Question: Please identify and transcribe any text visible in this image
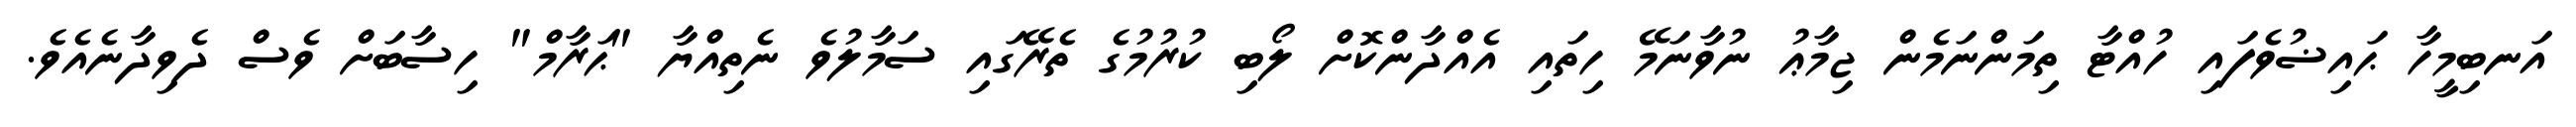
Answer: އަނބިމީހާ ޙައިޟުވެފައި ހުއްޓާ ތިމަންނަމެން ޖިމާޢު ނުވާނަމޭ ހިތައި އެއްދާންކޮށް ލޯބި ކުރުމުގެ ތެރޭގައި ސަމާލުވެ ނެތިއްޔާ "ޙަރާމް" ހިސާބަށް ވެސް ދެވިދާނެއެވެ.